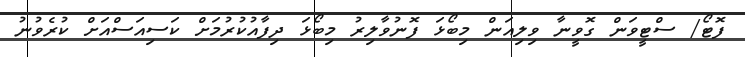
ފޮޓޯ/ ސްޓީވަން ގޮވީނާ ވިލިއަން މިބޯޅަ ފޮނުވާލިރު މިބޯޅަ ދިފާއުކުރުމަށް ކަސިއަސްއަށް ކުރެވުނު